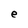
Character: e